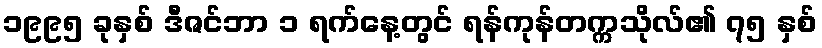
၁၉၉၅ ခုနှစ် ဒီဇင်ဘာ ၁ ရက်နေ့တွင် ရန်ကုန်တက္ကသိုလ်၏ ၇၅ နှစ်